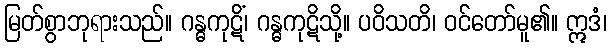
မြတ်စွာဘုရားသည်။ ဂန္ဓကုဋိံ၊ ဂန္ဓကုဋိသို့။ ပဝိသတိ၊ ဝင်တော်မူ၏။ ဣဒံ၊